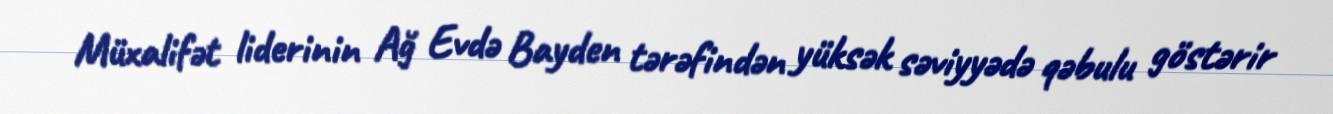
Müxalifət liderinin Ağ Evdə Bayden tərəfindən yüksək səviyyədə qəbulu göstərir